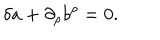
LaTeX: \delta a + \partial _ { \rho } b ^ { \rho } = 0 .